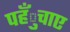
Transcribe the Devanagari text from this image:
पहँुचाए